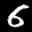
Label: 6